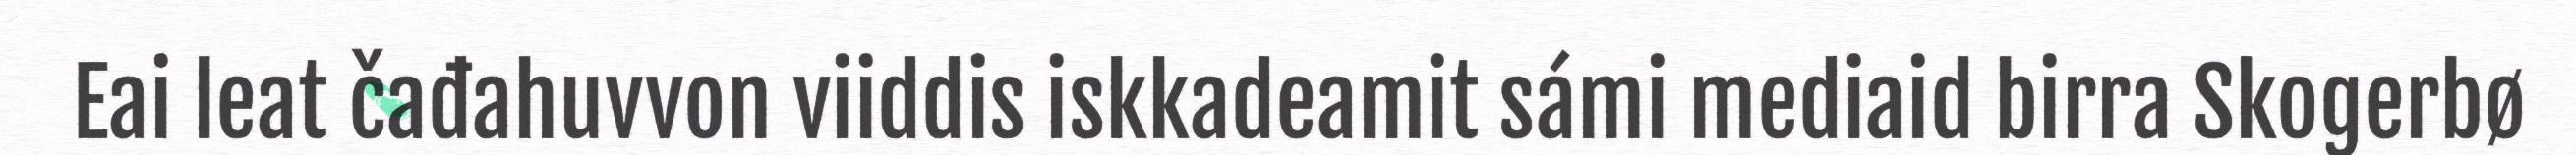
Eai leat čađahuvvon viiddis iskkadeamit sámi mediaid birra Skogerbø